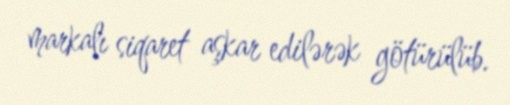
markalı siqaret aşkar edilərək götürülüb.